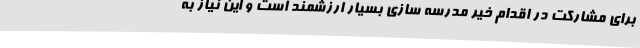
برای مشارکت در اقدام خیر مدرسه سازی بسیار ارزشمند است و این نیاز به